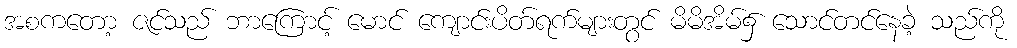
အစကတော့ ဇင်သည် ဘာကြောင့် မောင် ကျောင်းပိတ်ရက်များတွင် မိမိအိမ်၌ သောင်တင်နေခဲ့ သည်ကို